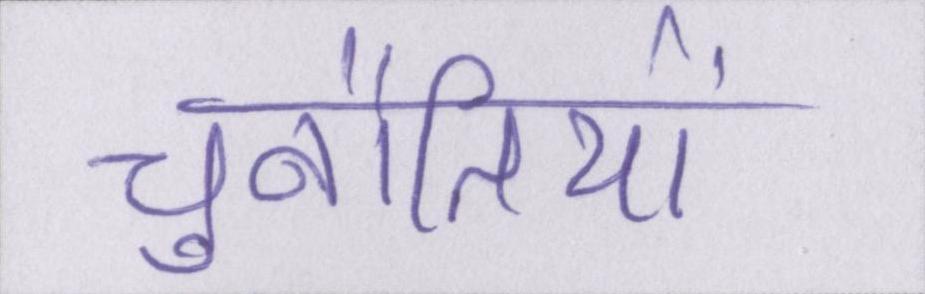
चुनौतियों